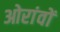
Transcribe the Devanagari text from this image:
ओरांवों